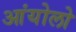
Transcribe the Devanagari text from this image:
आंयोलो